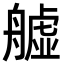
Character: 𦪡